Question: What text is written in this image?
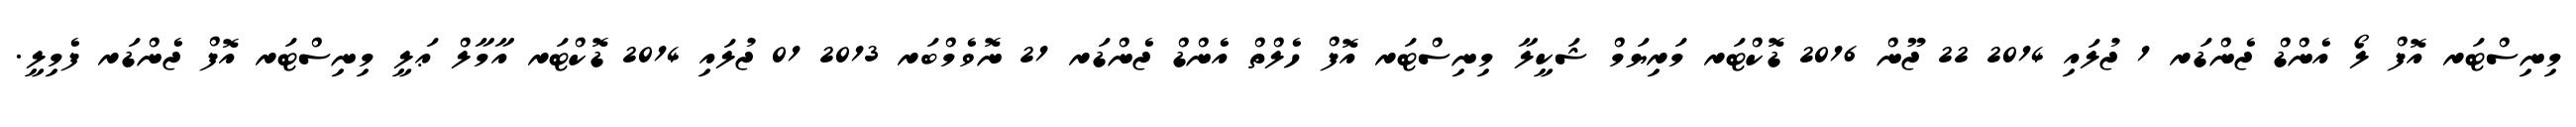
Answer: މިނިސްޓަރ އޮފް ލޯ އެންޑް ޖެންޑަރ 1 ޖުލައި 2014 22 ޖޫން 2016 ޑޮކްޓަރ މަރިޔަމް ޝަކީލާ މިނިސްޓަރ އޮފް ހެލްތް އެންޑް ޖެންޑަރ 21 ނޮވެމްބަރ 2013 01 ޖުލައި 2014 ޑޮކްޓަރ އާމާލް ޢަލީ މިނިސްޓަރ އޮފް ޖެންޑަރ ފެމިލީ.